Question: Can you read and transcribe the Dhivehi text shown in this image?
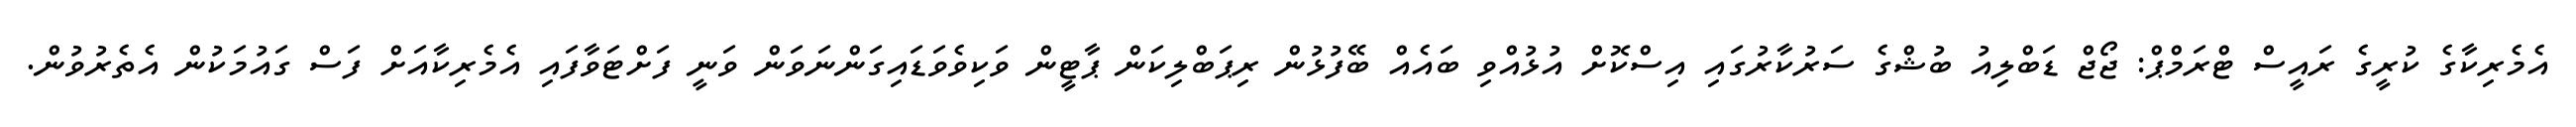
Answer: އެމެރިކާގެ ކުރީގެ ރައީސް ޓްރަމްޕް: ޖޯޖް ޑަބްލިއު ބުޝްގެ ސަރުކާރުގައި އިސްކޮށް އުޅުއްވި ބައެއް ބޭފުޅުން ރިޕަބްލިކަން ޕާޓީން ވަކިވެވަޑައިގަންނަވަން ވަނީ ފަށްޓަވާފައި އެމެރިކާއަށް ފަސް ގައުމަކުން އެތެރުވުން.